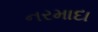
નરમાદા